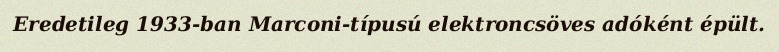
Eredetileg 1933-ban Marconi-típusú elektroncsöves adóként épült.